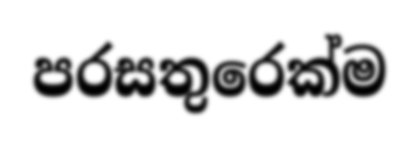
පරසතුරෙක්ම